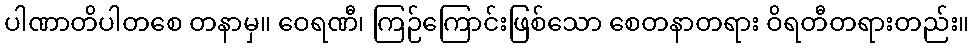
ပါဏာတိပါတစေ တနာမှ။ ဝေရဏီ၊ ကြဉ်ကြောင်းဖြစ်သော စေတနာတရား ဝိရတီတရားတည်း။